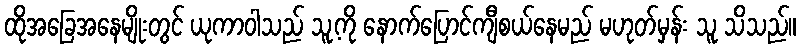
ထိုအခြေအနေမျိုးတွင် ယုကာဝါသည် သူ့ကို နောက်ပြောင်ကျီစယ်နေမည် မဟုတ်မှန်း သူ သိသည်။